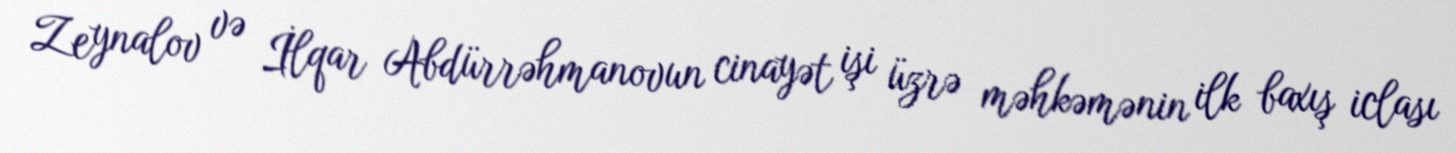
Zeynalov və İlqar Abdürrəhmanovun cinayət işi üzrə məhkəmənin ilk baxış iclası